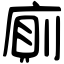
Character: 廁